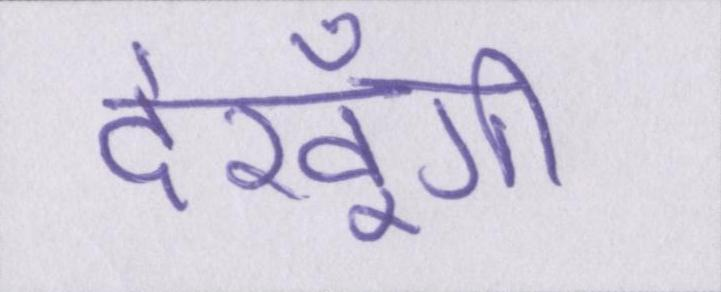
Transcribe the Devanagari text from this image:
देखूँगी